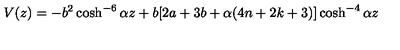
V ( z ) = - b ^ { 2 } \cosh ^ { - 6 } { \alpha z } + b [ 2 a + 3 b + \alpha ( 4 n + 2 k + 3 ) ] \cosh ^ { - 4 } { \alpha z }